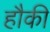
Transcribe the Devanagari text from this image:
हौकी